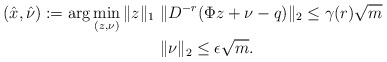
\begin{align*}(\hat{x},\hat{\nu}) := \arg\min\limits_{(z,\nu)}\|z\|_1 \ & \|D^{-r}(\Phi z+\nu-q )\|_2 \leq \gamma(r)\sqrt{m} \\ & \|\nu\|_2\leq \epsilon \sqrt m.\end{align*}